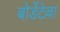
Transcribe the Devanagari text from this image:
बोर्डेटेल्ला